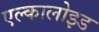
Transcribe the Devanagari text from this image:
एल्कालोइड